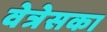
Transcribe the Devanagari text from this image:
वेत्रेसका